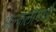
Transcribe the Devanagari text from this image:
अल्कलीमध्ये